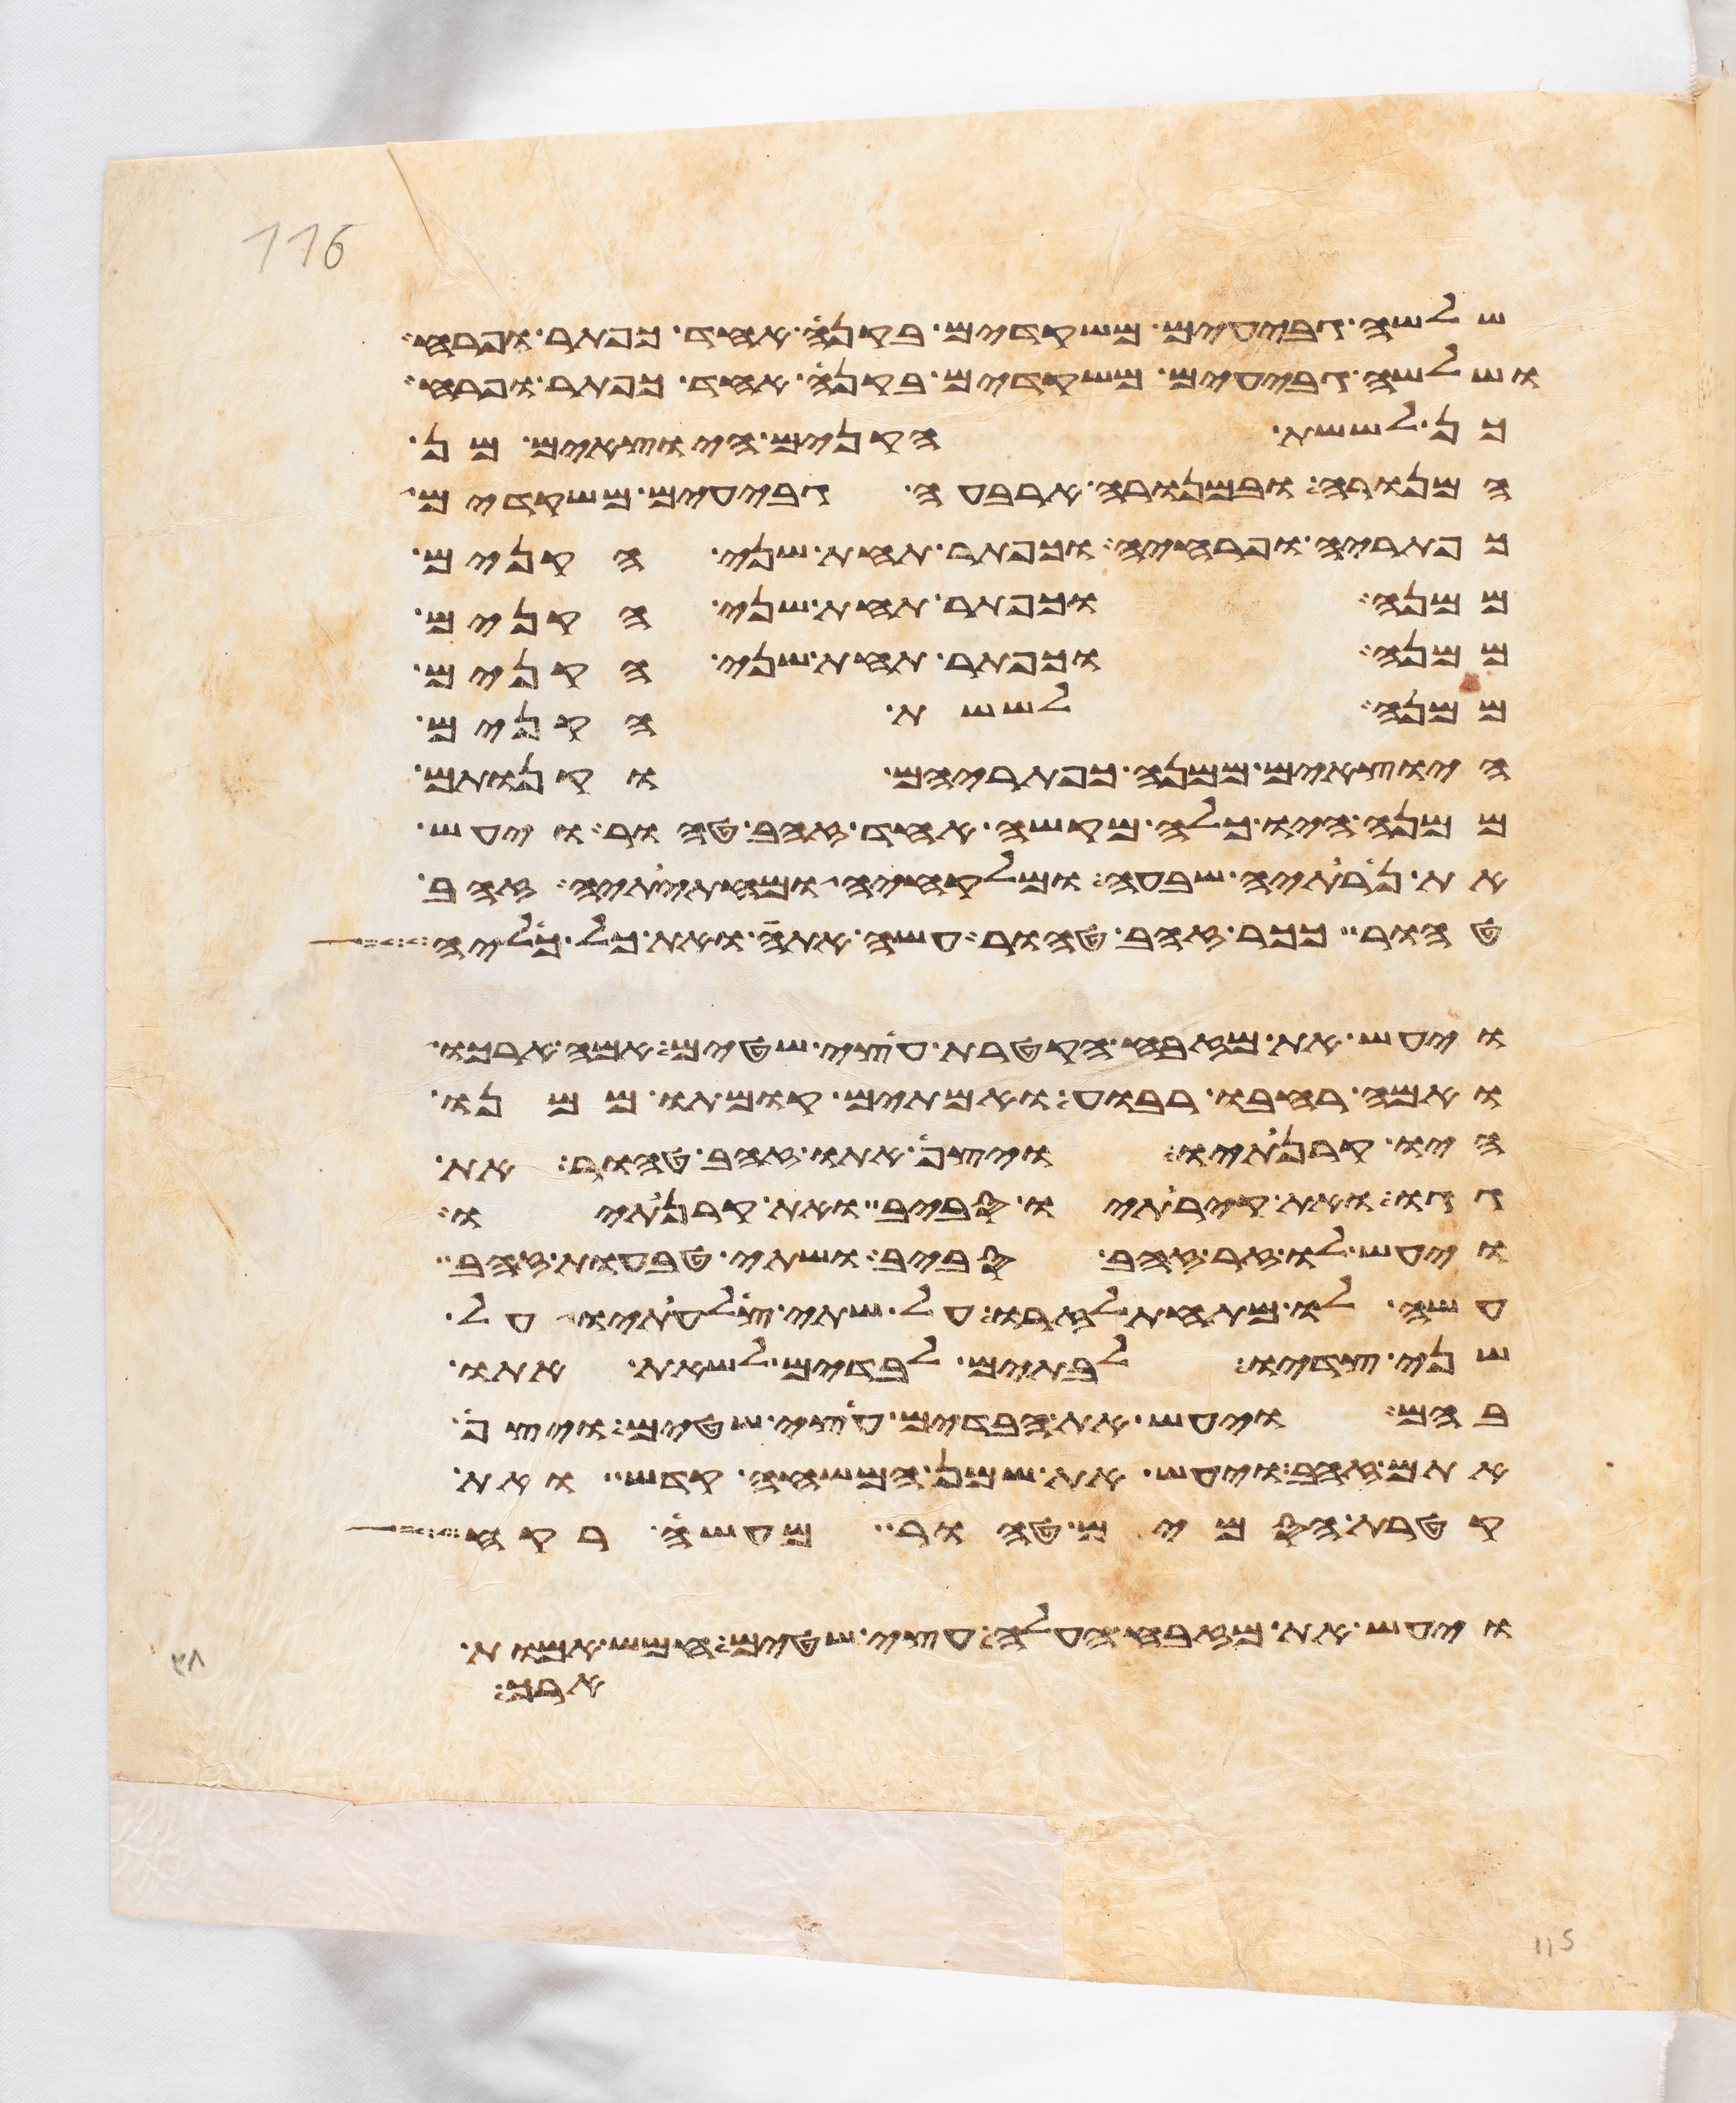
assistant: שלשה גבעים משקדים בקנה אחד כפתר ופרח
ושלשה גבעים משקדים בקנה אחד כפתר ופרח
כן לששת הקנים היוצאים מן
המנורה ובמנורה ארבעה גבעים משקדים
כפתריה ופרחיה וכפתר תחת שני הקנים
ממנה וכפתר תחת שני הקנים
ממנה וכפתר תחת שני הקנים
ממנה לששת הקנים
היצאים ממנה כפתריהם וקנותם
ממנה היו כלה מקשה אחד זהב טהור ויעש
את נרתיה שבעה ומלקחיה ומחתיתיה זהב
טהור ככר זהב טהור עשה אתה ואת כל כליה
ויעש את מזבח הקטרת עצי שטים אמה ארכו
ואמה רחבו רבוע ואמתים קומתו ממנו
היו קרנתיו ויצף אתו זהב טהור את
גגו ואת קירתיו סביב ואת קרנתיו
ויעש לו זר זהב סביב ושתי טבעות זהב
עשה לו מתחת לזרו על שתי צלעתיו על
שני צדיו לבתים לבדים לשאת אתו
בהם ויעש את הבדים עצי שטים ויצף
אתם זהב ויעש את שמן המשחה קדש ואת
קטרת הסמים טהור מעשה רקח
ויעש את מזבח העלה עצי שטים חמש אמות
ארך